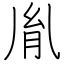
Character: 胤